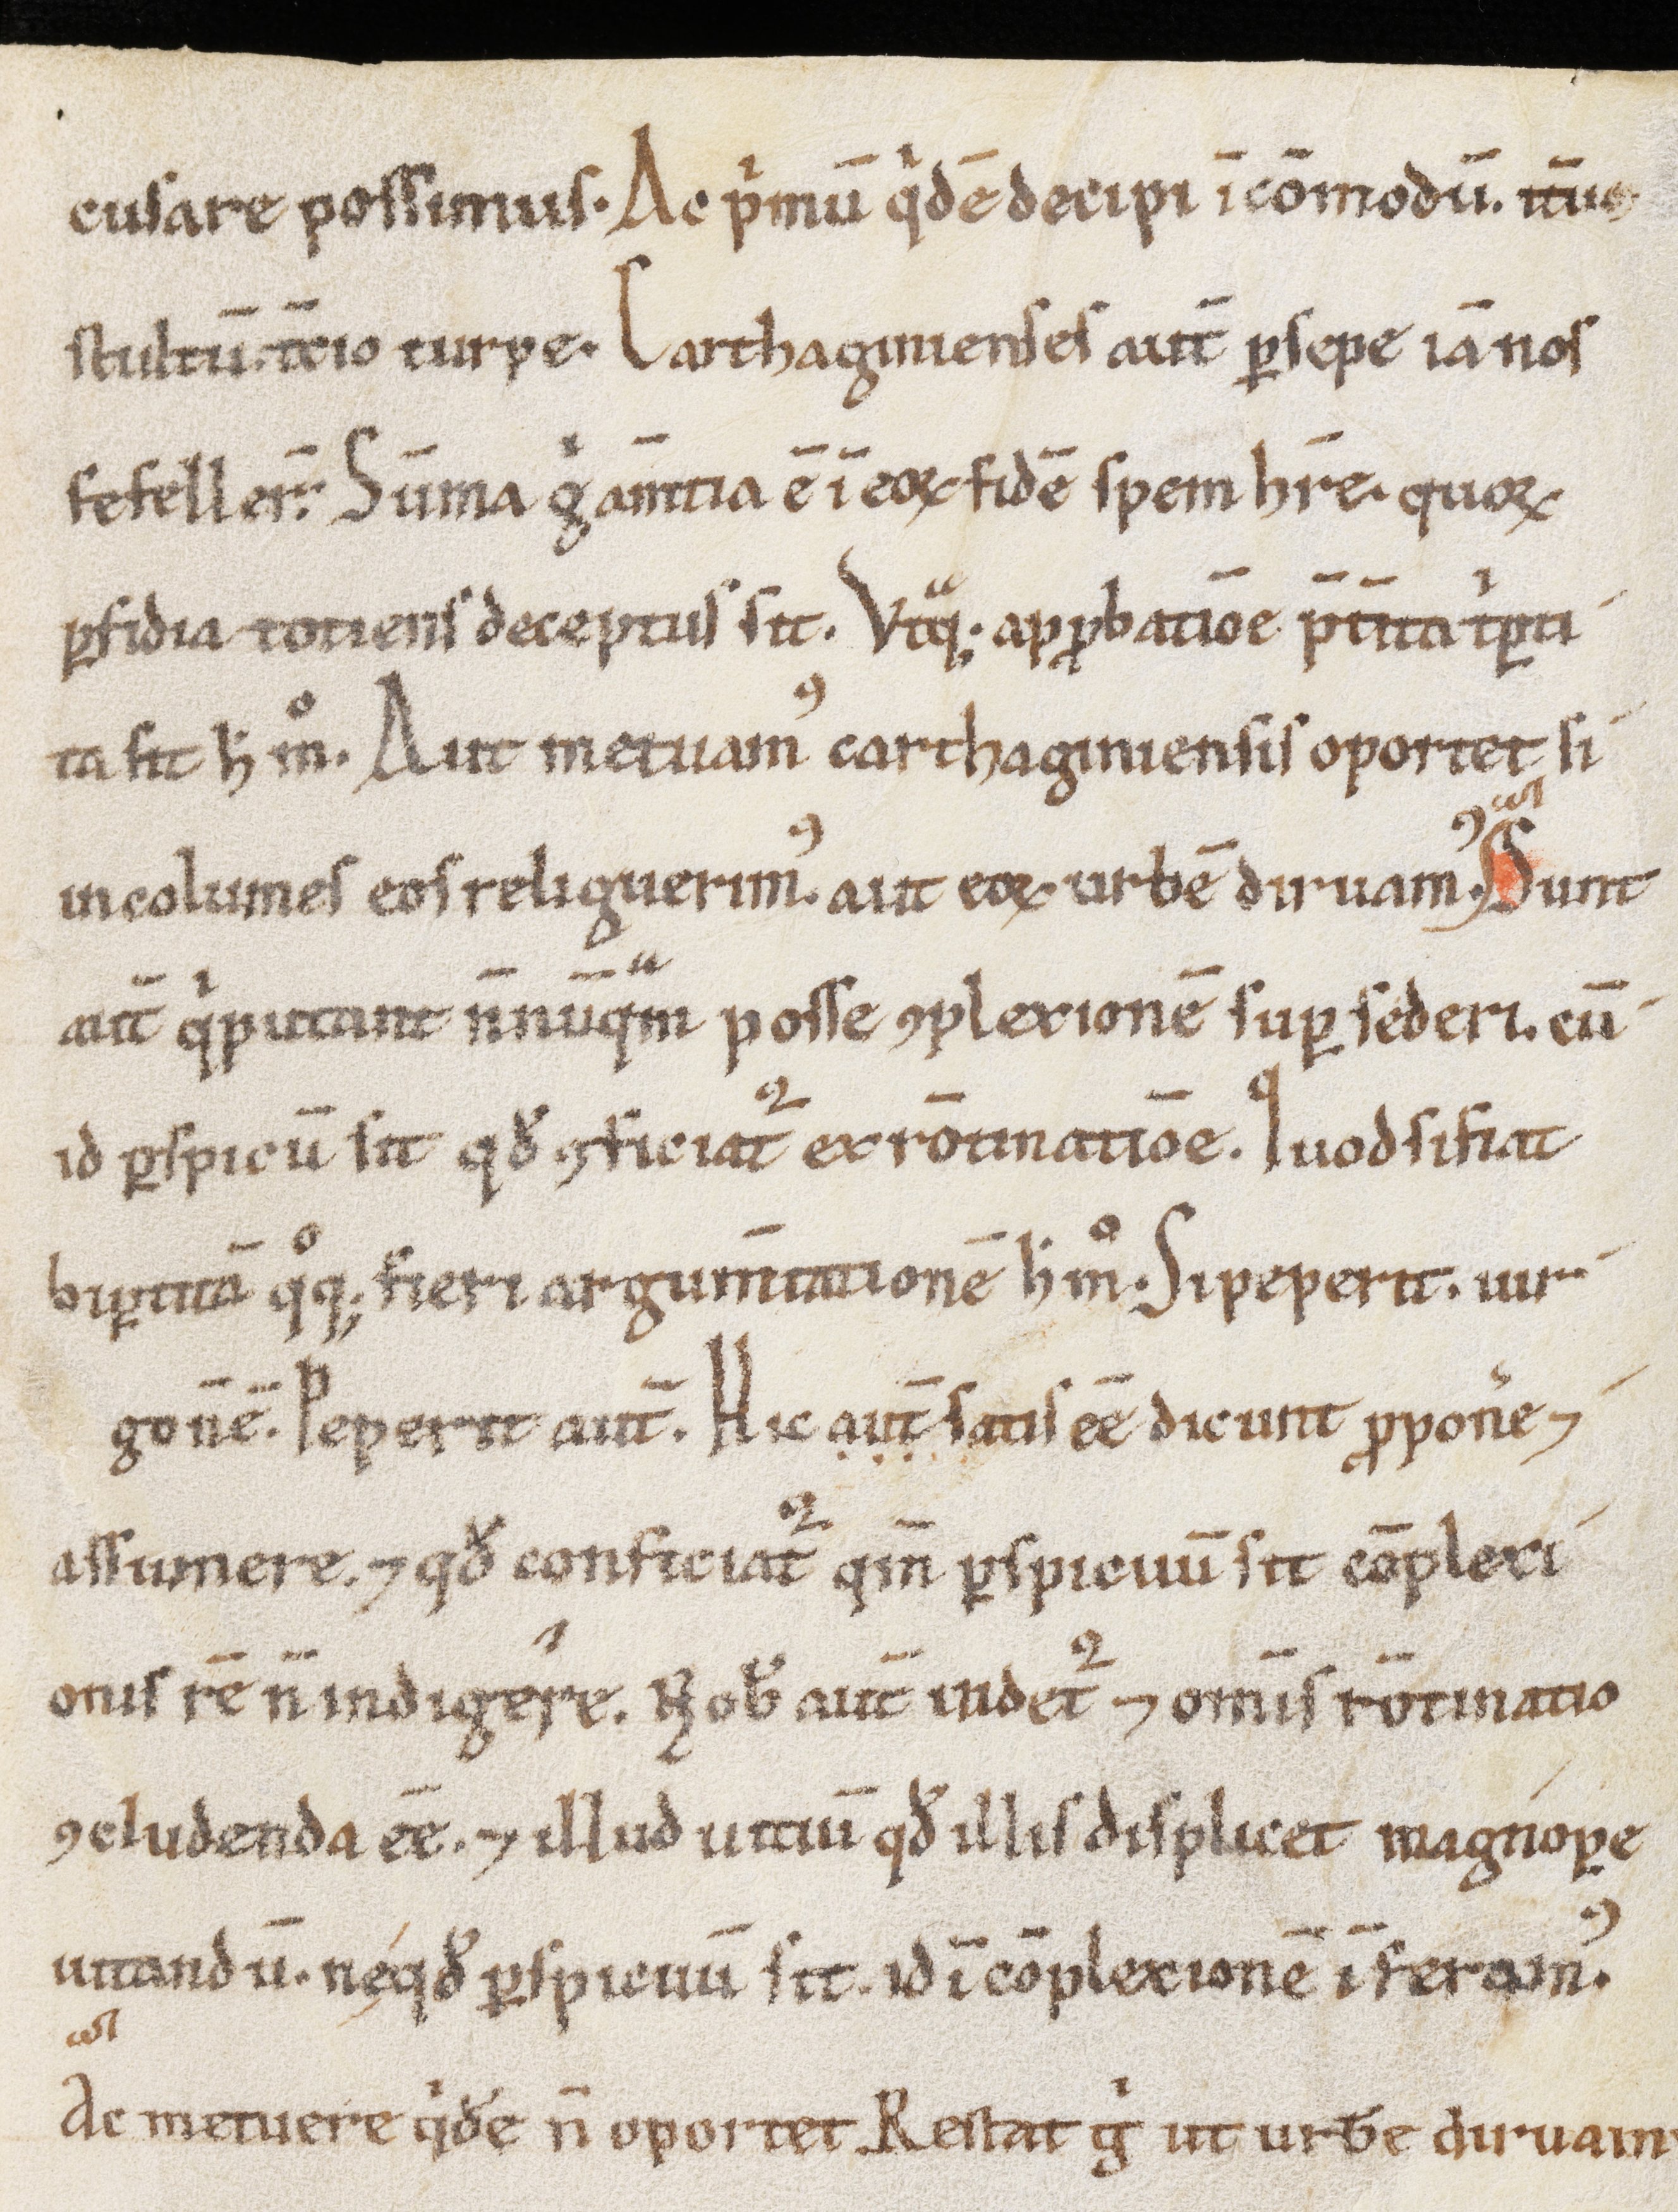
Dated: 1100–1199